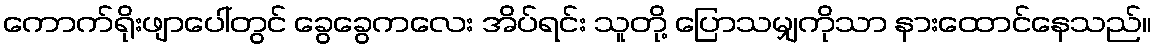
ကောက်ရိုးဖျာပေါ်တွင် ခွေခွေကလေး အိပ်ရင်း သူတို့ ပြောသမျှကိုသာ နားထောင်နေသည်။